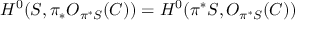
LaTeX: H ^ { 0 } ( { \cal S } , \pi _ { * } { \cal O } _ { \pi ^ { * } { \cal S } } ( C ) ) = H ^ { 0 } ( \pi ^ { * } { \cal S } , { \cal O } _ { \pi ^ { * } { \cal S } } ( C ) )